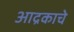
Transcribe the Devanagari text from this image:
आद्रकाचे